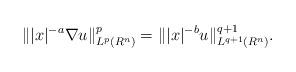
LaTeX: \begin{align*} \||x|^{-a}\nabla u\|_{L^p(R^n)}^p=\||x|^{-b}u\|_{L^{q+1}(R^n)}^{q+1}.\end{align*}